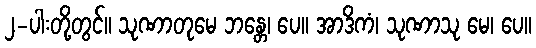
၂-ပါးတို့တွင်။ သုဏာတုမေ ဘန္တေ၊ ပေ။ အာဒိကံ၊ သုဏာသု မေ၊ ပေ။